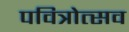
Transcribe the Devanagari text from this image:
पवित्रोत्सव